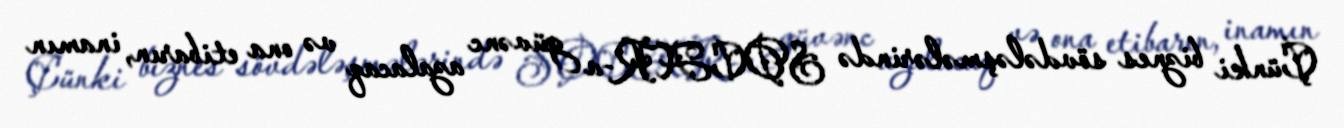
Çünki biznes sövdələşmələrində SOCAR-a güvənc azalacaq və ona etibarın, inamın